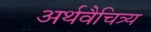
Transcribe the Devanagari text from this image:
अर्थवैचित्र्य